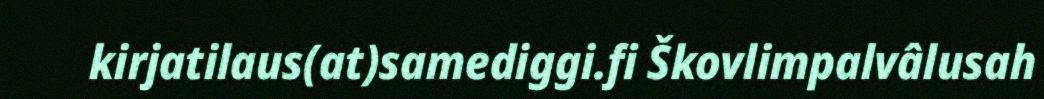
kirjatilaus(at)samediggi.fi Škovlimpalvâlusah